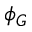
\phi _ { G }